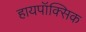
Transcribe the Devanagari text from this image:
हायपॉक्सिक